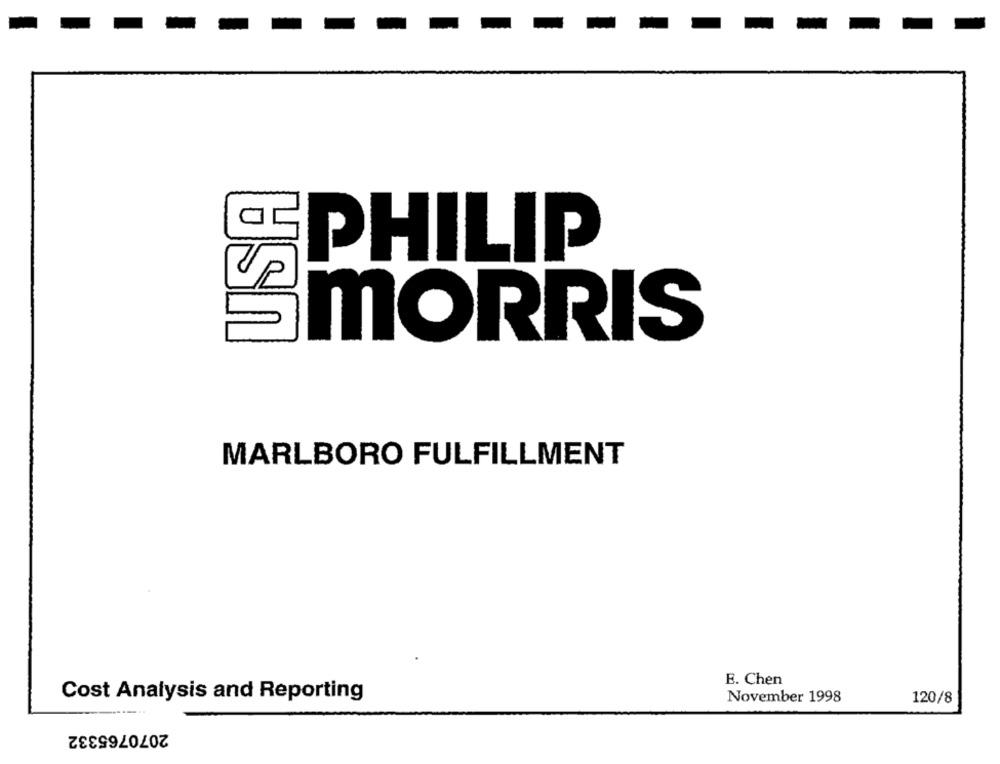
SEPHILIP
SMORRIS
MARLBORO FULFILLMENT
E. Chen
Cost Analysis and Reporting
November 1998
120/8
2070765332